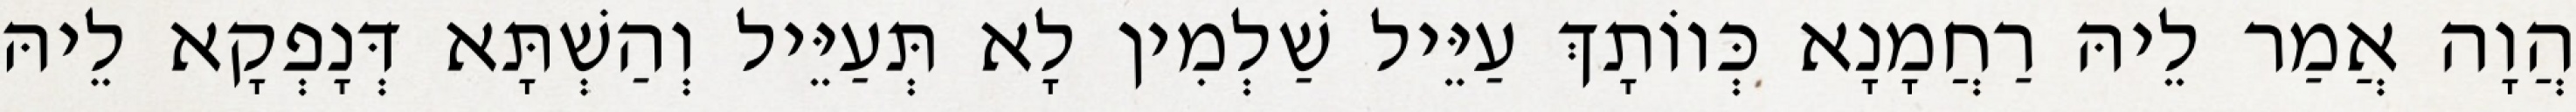
הֲוָה אֲמַר לֵיהּ רַחֲמָנָא כְּווֹתָךְ עַיֵּיל שַׁלְמִין לָא תְּעַיֵּיל וְהַשְׁתָּא דְּנָפְקָא לֵיהּ